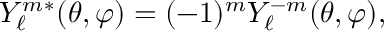
Y _ { \ell } ^ { m } { } ^ { * } ( \theta , \varphi ) = ( - 1 ) ^ { m } Y _ { \ell } ^ { - m } ( \theta , \varphi ) ,